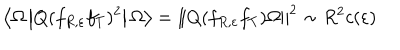
\left\langle \Omega \left| Q ( f _ { R , \varepsilon } f _ { T } ) ^ { 2 } \right| \Omega \right\rangle = \left\| Q ( f _ { R , \varepsilon } f _ { T } ) \Omega \right\| ^ { 2 } \sim R ^ { 2 } c ( \varepsilon )